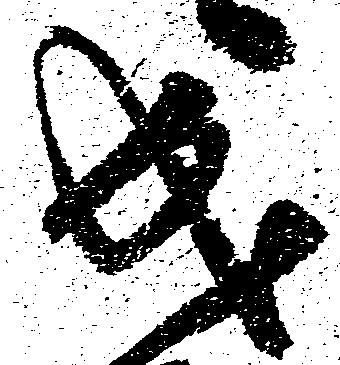
成